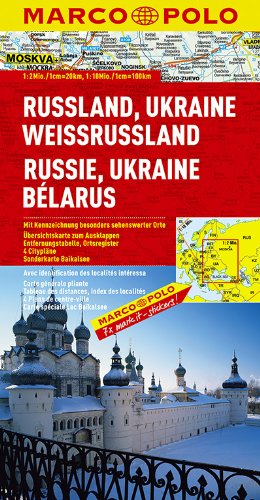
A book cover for Russia Ukraine Belarus Map (Marco Polo Maps); Marco Polo Travel; Travel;